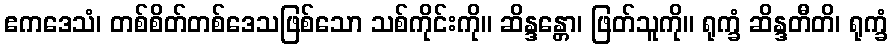
ဧကဒေသံ၊ တစ်စိတ်တစ်ဒေသဖြစ်သော သစ်ကိုင်းကို။ ဆိန္ဒန္တော၊ ဖြတ်သူကို။ ရုက္ခံ ဆိန္ဒတီတိ၊ ရုက္ခံ